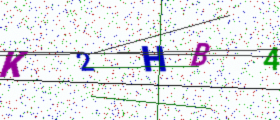
Text: K2HB4